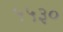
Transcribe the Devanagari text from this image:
५५३०